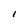
Character: I